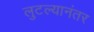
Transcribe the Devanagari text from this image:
लुटल्यानंतर